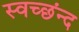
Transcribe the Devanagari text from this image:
स्वच्छंन्द